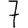
Digit: 7